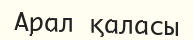
Арал қаласы